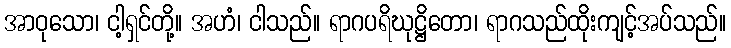
အာဝုသော၊ ငါ့ရှင်တို့။ အဟံ၊ ငါသည်။ ရာဂပရိဃုဋ္ဌိတော၊ ရာဂသည်ထိုးကျင့်အပ်သည်။